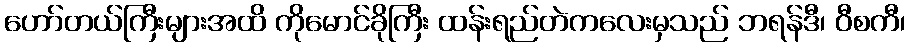
ဟော်တယ်ကြီးများအထိ ကိုမောင်ခိုကြီး ထန်းရည်တဲကလေးမှသည် ဘရန်ဒီ၊ ဝီစကီ၊